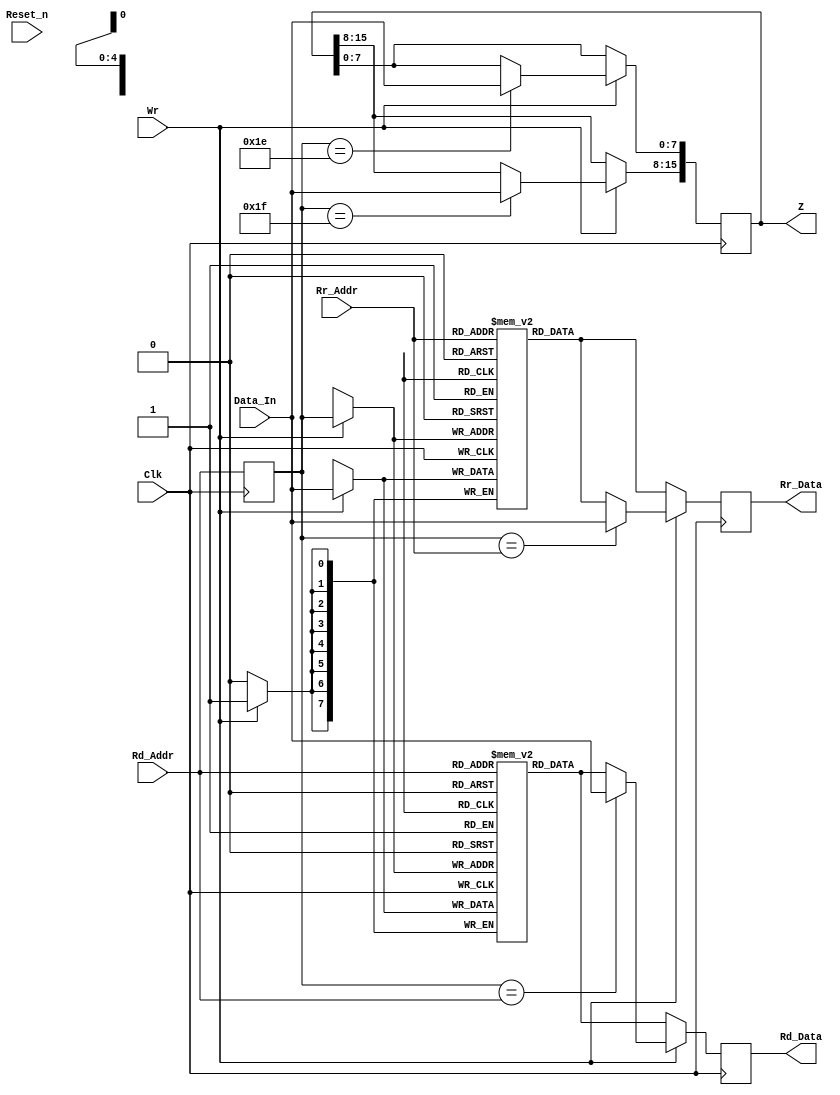
// This program was cloned from: https://github.com/micro-FPGA/engine-V
// License: Apache License 2.0

module mf8_reg(Clk, Reset_n, Wr, Rd_Addr, Rr_Addr, Data_In, Rd_Data, Rr_Data, Z);
	input			Clk;
	input			Reset_n;
	input			Wr;
	input	[4:0]	Rd_Addr;
	input	[4:0]	Rr_Addr;
	input	[7:0]	Data_In;
	output	[7:0]	Rd_Data;
	reg	[7:0]	Rd_Data;		// appended automatically by vhdl2verilog.
	output	[7:0]	Rr_Data;
	reg	[7:0]	Rr_Data;		// appended automatically by vhdl2verilog.
	output	[15:0]	Z;
	reg	[15:0]	Z;		// appended automatically by vhdl2verilog.


	reg 	[7:0]	RegD	[31:0];
	reg 	[7:0]	RegR	[31:0];
	reg 	[4:0]	Rd_Addr_r;

	always @(posedge Clk) begin
		Rd_Addr_r	<= Rd_Addr;
		Rd_Data	<= RegD[Rd_Addr];
		Rr_Data	<= RegR[Rr_Addr];
		if (Wr == 1'b1) begin
			RegD[Rd_Addr_r]	<= Data_In;
			RegR[Rd_Addr_r]	<= Data_In;
			if (Rd_Addr_r == Rd_Addr) begin
				Rd_Data	<= Data_In;
			end
			if (Rd_Addr_r == Rr_Addr) begin
				Rr_Data	<= Data_In;
			end
			if (Rd_Addr_r == 5'b11110) begin
				Z[7:0]	<= Data_In;
			end
			if (Rd_Addr_r == 5'b11111) begin
				Z[15:8]	<= Data_In;
			end
		end
	end
endmodule